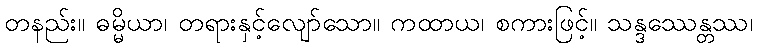
တနည်း။ ဓမ္မိယာ၊ တရားနှင့်လျော်သော။ ကထာယ၊ စကားဖြင့်။ သန္ဒဿေန္တဿ၊